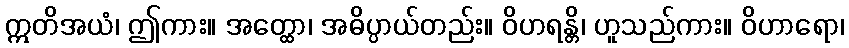
ဣတိအယံ၊ ဤကား။ အတ္ထော၊ အဓိပ္ပာယ်တည်း။ ဝိဟရန္တိ၊ ဟူသည်ကား။ ဝိဟာရော၊